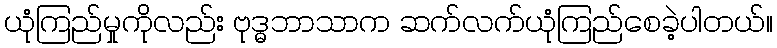
ယုံကြည်မှုကိုလည်း ဗုဒ္ဓဘာသာက ဆက်လက်ယုံကြည်စေခဲ့ပါတယ်။